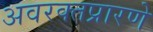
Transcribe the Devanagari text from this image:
अवरक्तप्रारणे